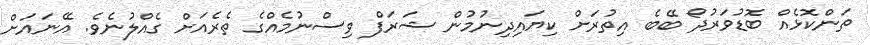
ތަންކޮޅެއް ބޮޑުވަރުދޯ ބޭބެ އިތުރަށް ކިޔައިދިނުމުން ޝަރަފް ވިސްނުމެއްގެ ތެރެއަށް ގެއްލުނެވެ. އޭނައަށް